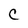
Character: C